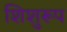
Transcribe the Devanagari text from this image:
शिशुरूप